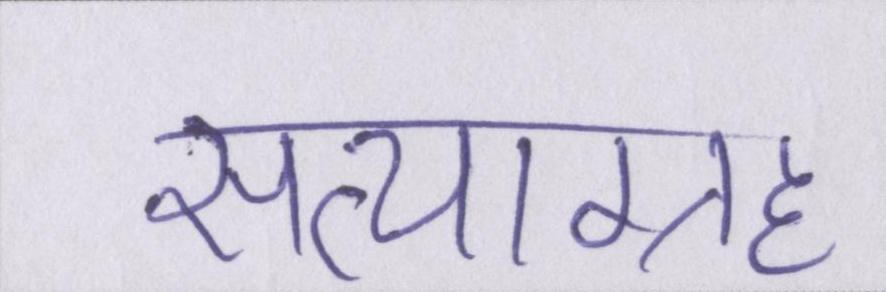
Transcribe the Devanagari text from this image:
सत्याग्रह